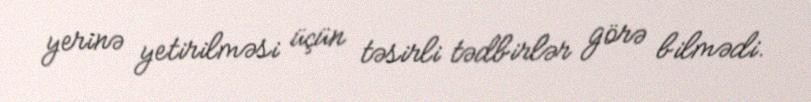
yerinə yetirilməsi üçün təsirli tədbirlər görə bilmədi.